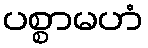
ပစ္စာမဟံ